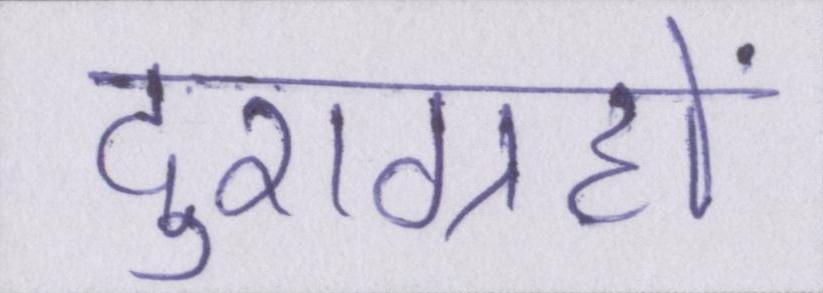
दुराग्रहों